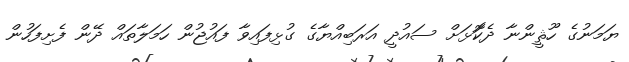
ޔަަމަނުގެ ހޫޘީންނާ ދެކޮަޅަށް ސައުދީ އަރަބިއްޔާގެ ގުޅިފައިވާ ފައުޖުން ހަމަލާތައް ދޭން ފެށިފަހުން